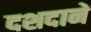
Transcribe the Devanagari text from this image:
दशदानें